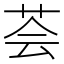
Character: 荟